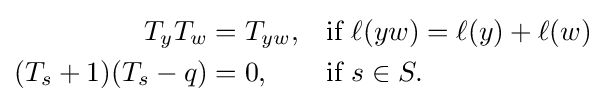
{\begin{aligned}T_{y}T_{w}&=T_{yw},&&{\mbox{if }}\ell (yw)=\ell (y)+\ell (w)\\(T_{s}+1)(T_{s}-q)&=0,&&{\mbox{if }}s\in S.\end{aligned}}